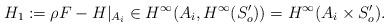
LaTeX: \begin{align*}H_1:=\rho F- H|_{A_i}\in H^\infty(A_i,H^\infty(S_o'))=H^\infty(A_i\times S_o').\end{align*}